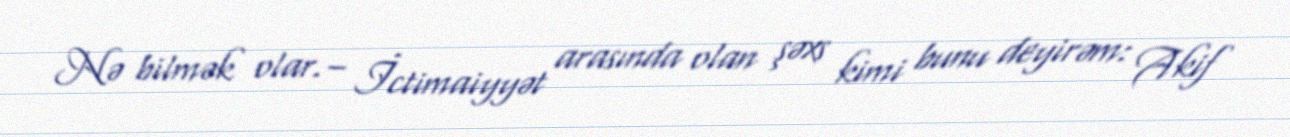
Nə bilmək olar.– İctimaiyyət arasında olan şəxs kimi bunu deyirəm: Akif